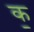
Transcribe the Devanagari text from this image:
क॒